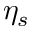
\eta _ { s }